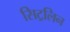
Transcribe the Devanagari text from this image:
सिट्रलिन